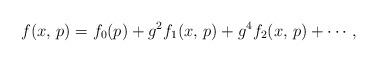
LaTeX: \begin{align*}f(x,\,p) = f_0(p) + g^2f_1(x,\,p) + g^4f_2(x,\,p) + \cdots \,,\end{align*}